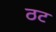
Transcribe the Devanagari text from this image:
ठट